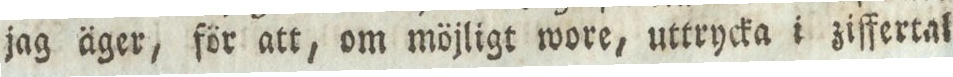
jag äger, för att, om möjligt wore, uttrycka i ziffertal